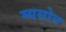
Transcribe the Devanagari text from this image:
म्यसोन